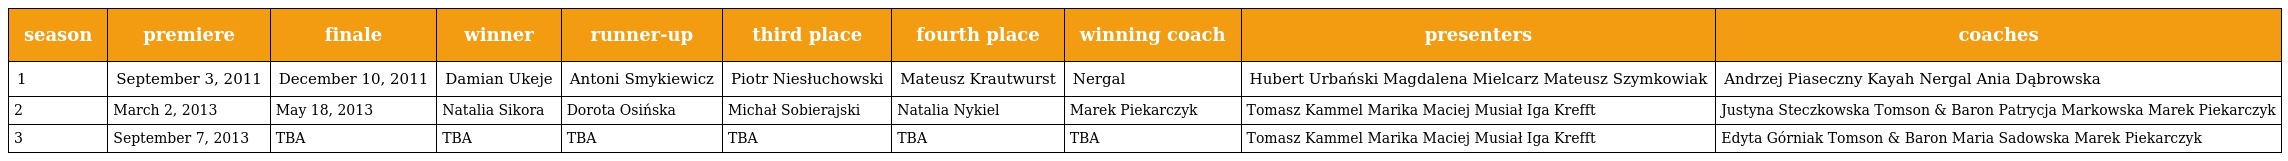
| season | premiere | finale | winner | runner-up | third place | fourth place | winning coach | presenters | coaches |
 | --- | --- | --- | --- | --- | --- | --- | --- | --- | --- |
 | 1 | September 3, 2011 | December 10, 2011 | Damian Ukeje | Antoni Smykiewicz | Piotr Niesłuchowski | Mateusz Krautwurst | Nergal | Hubert Urbański Magdalena Mielcarz Mateusz Szymkowiak | Andrzej Piaseczny Kayah Nergal Ania Dąbrowska |
 | 2 | March 2, 2013 | May 18, 2013 | Natalia Sikora | Dorota Osińska | Michał Sobierajski | Natalia Nykiel | Marek Piekarczyk | Tomasz Kammel Marika Maciej Musiał Iga Krefft | Justyna Steczkowska Tomson & Baron Patrycja Markowska Marek Piekarczyk |
 | 3 | September 7, 2013 | TBA | TBA | TBA | TBA | TBA | TBA | Tomasz Kammel Marika Maciej Musiał Iga Krefft | Edyta Górniak Tomson & Baron Maria Sadowska Marek Piekarczyk |